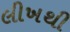
લીખથી